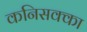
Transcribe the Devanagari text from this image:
कनिसक्का